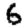
Digit: 6